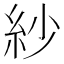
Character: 紗